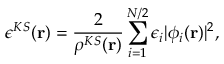
\epsilon ^ { K S } ( \mathbf { r } ) = \frac { 2 } { \rho ^ { K S } ( \mathbf { r } ) } \sum _ { i = 1 } ^ { N / 2 } \epsilon _ { i } | \phi _ { i } ( \mathbf { r } ) | ^ { 2 } ,